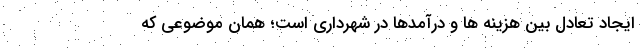
ایجاد تعادل بین هزینه ها و درآمدها در شهرداری است؛ همان موضوعی که